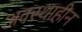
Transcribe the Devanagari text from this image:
अवस्थाहीन